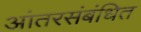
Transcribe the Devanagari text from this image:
आंतरसंबंधित